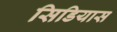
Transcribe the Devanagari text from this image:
सिडियास